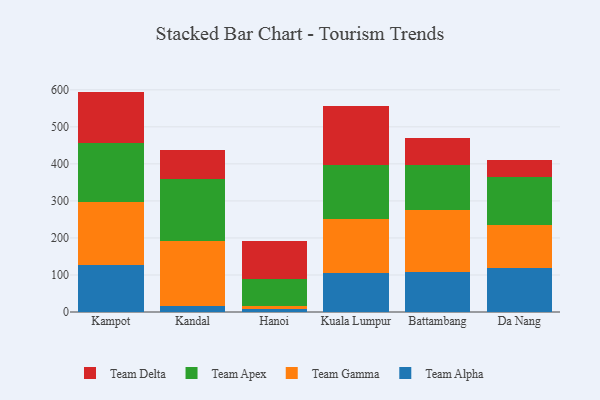
{"axis": {"x": "City", "y": "Market Share (%)"}, "legend": ["Team Alpha", "Team Apex", "Team Delta", "Team Gamma"], "data": [{"x": "Kampot", "y": 125.8, "type": "Team Alpha"}, {"x": "Kampot", "y": 171.9, "type": "Team Gamma"}, {"x": "Kampot", "y": 158.9, "type": "Team Apex"}, {"x": "Kampot", "y": 138.6, "type": "Team Delta"}, {"x": "Kandal", "y": 15.8, "type": "Team Alpha"}, {"x": "Kandal", "y": 176.4, "type": "Team Gamma"}, {"x": "Kandal", "y": 167.1, "type": "Team Apex"}, {"x": "Kandal", "y": 77.5, "type": "Team Delta"}, {"x": "Hanoi", "y": 8.4, "type": "Team Alpha"}, {"x": "Hanoi", "y": 9.1, "type": "Team Gamma"}, {"x": "Hanoi", "y": 71.6, "type": "Team Apex"}, {"x": "Hanoi", "y": 104.0, "type": "Team Delta"}, {"x": "Kuala Lumpur", "y": 104.9, "type": "Team Alpha"}, {"x": "Kuala Lumpur", "y": 147.5, "type": "Team Gamma"}, {"x": "Kuala Lumpur", "y": 145.3, "type": "Team Apex"}, {"x": "Kuala Lumpur", "y": 157.5, "type": "Team Delta"}, {"x": "Battambang", "y": 108.7, "type": "Team Alpha"}, {"x": "Battambang", "y": 168.1, "type": "Team Gamma"}, {"x": "Battambang", "y": 119.8, "type": "Team Apex"}, {"x": "Battambang", "y": 74.6, "type": "Team Delta"}, {"x": "Da Nang", "y": 119.9, "type": "Team Alpha"}, {"x": "Da Nang", "y": 114.1, "type": "Team Gamma"}, {"x": "Da Nang", "y": 130.0, "type": "Team Apex"}, {"x": "Da Nang", "y": 47.6, "type": "Team Delta"}]}